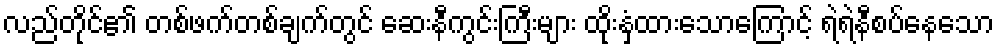
လည်တိုင်၏ တစ်ဖက်တစ်ချက်တွင် ဆေးနီကွင်းကြီးများ ထိုးနှံထားသောကြောင့် ရဲရဲနီစပ်နေသော